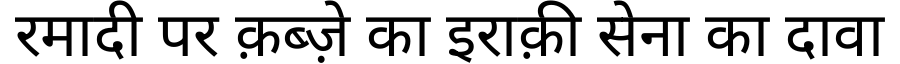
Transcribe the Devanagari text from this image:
रमादी पर क़ब्ज़े का इराक़ी सेना का दावा